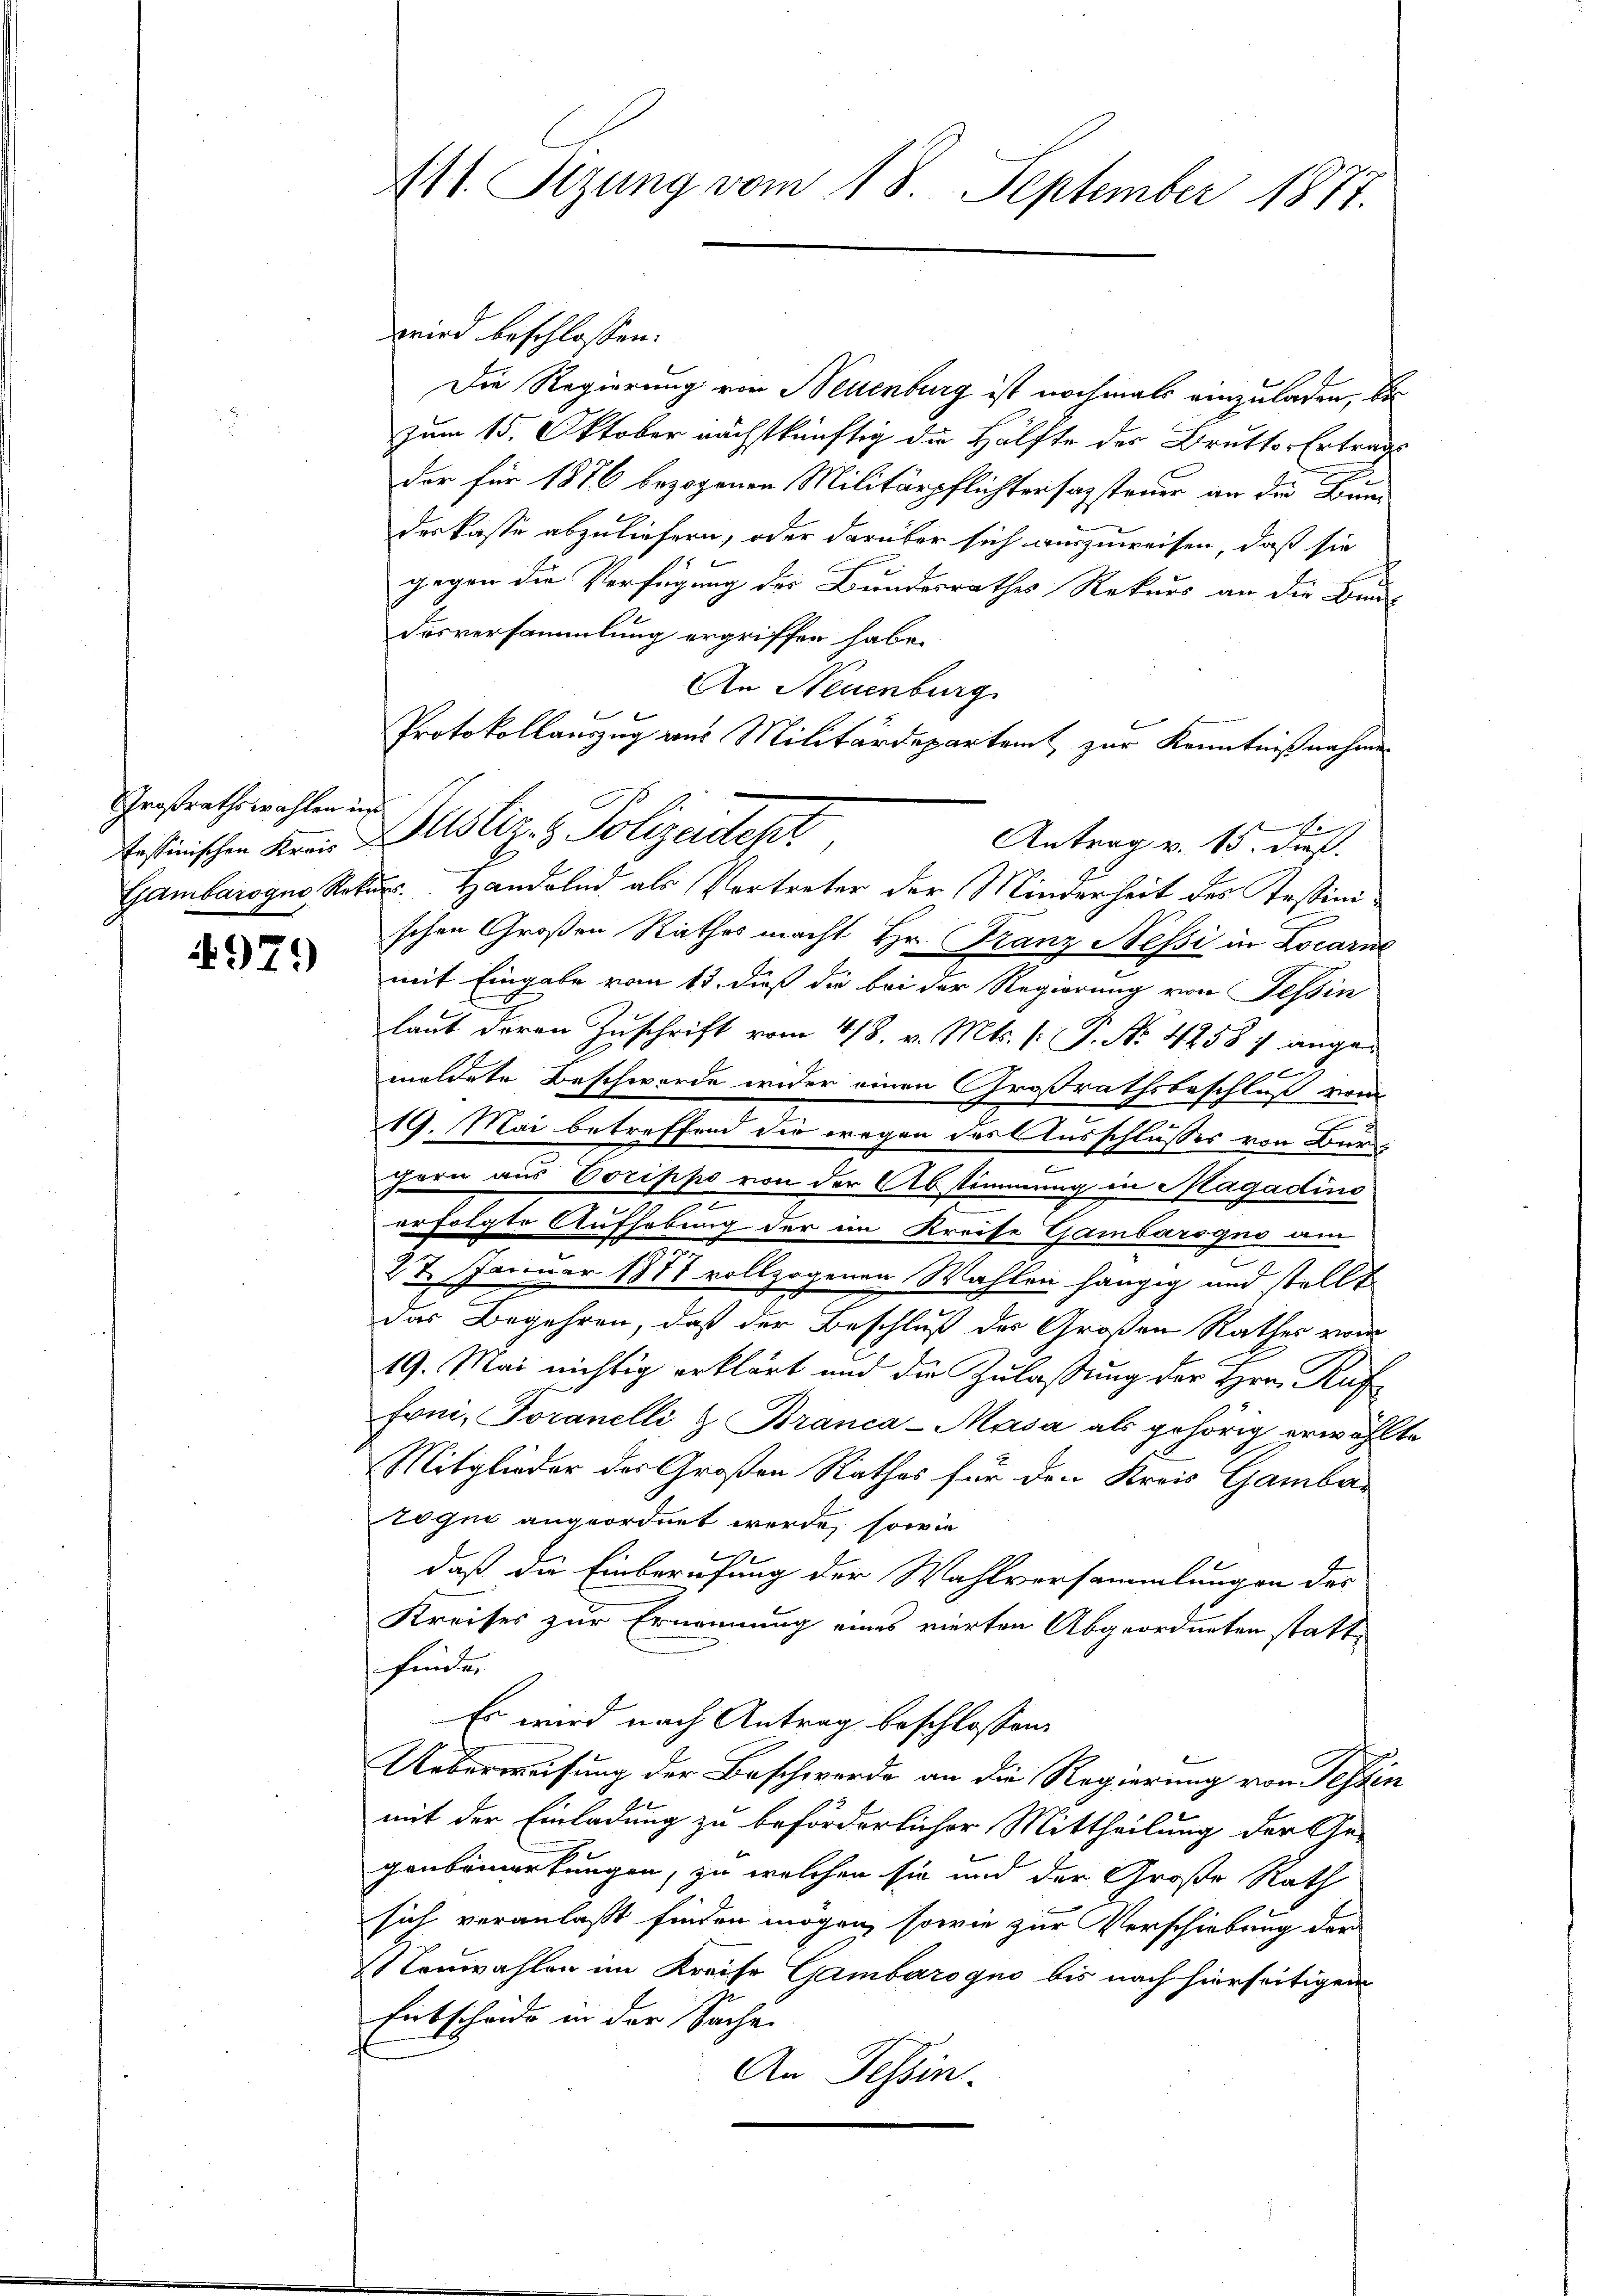
Großrathswahlen uns

4979

wird beschlossen:
Die Regierung von Neuenburg ist nochmals einzuladen, bis
zum 15. Oktober nächstkünftig die Hälfte der Brutto-Ertrags
der für 1876 bezogenen Militärpflichtersazsteuer an die Bundes kasse abzuliefern, oder darüber sich auszuweisen, daß sie
gegen die Verfügung des Bundesrathes Rekurs an die Bunde
desversammlung ergriffen habe.
An Neuenburg
Protokollauszug aus Militärdepartamt zur Kenntnißnahmen
7
Erstinischen Krei Zustiz- & Polizeidept
Antrag v. 13. dieß.
Gambarogno, Rekur. Handelnd als Vertreter der Minderheit des Tessinischen Großen Rathes macht Hr. Franz Nessi in Locarno
mit Eingabe vom 13. dieß die bei der Regierung von Tessin
laut deren Zuschrift vom 4/8. v. Mts. [: P. Nr. 4258 7 anger
meldete Beschwerde wider einen Großrathsbeschluß vom
19. Mai betreffend die wegen des Ausschlusses von Burhern aus Vorippo von der Abstimmung in Magadino
erfolgte Aufhebung der im Kreise Gambarogno am
27. Januar 1871 vollzogenen Wahlen hängig und stellt
das Begehren, daß der Beschluß der Großen Rathes vom
19. Mai nichtig erklärt und die Zulassung der Hrn. Ruf
Foni, Toranelli & Branca-Masa als gehörig erwählte
Mitglieder des Großen Rathes für den Kreis Gambar
togni angeordnet werde, sowie
1
1
daß die Einberufung der Wahlversammlungen des
Kreises zur Ernennung eines vierten Abgeordneten statt
sfinden
Es wird nach Antrag beschlossen
Ueberweisung der Beschwerde an die Regierung von Tessin
mit der Einladung zu beförderlicher Mittheilung der Ge-
genbemerkungen, zu welchen sie und der Große Rath
sich veranlaßt finden mögen, sowie zur Verschiebung der
Neuwahlen im Kreise Gambarogno bis nach hierseitigen
Entscheide in der Sache.
An Tessin.

111. Sizung vom 18. September 1877.